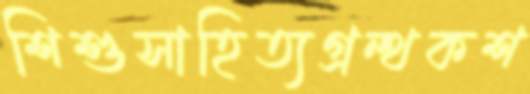
শিশুসাহিত্যগ্রন্থকশ